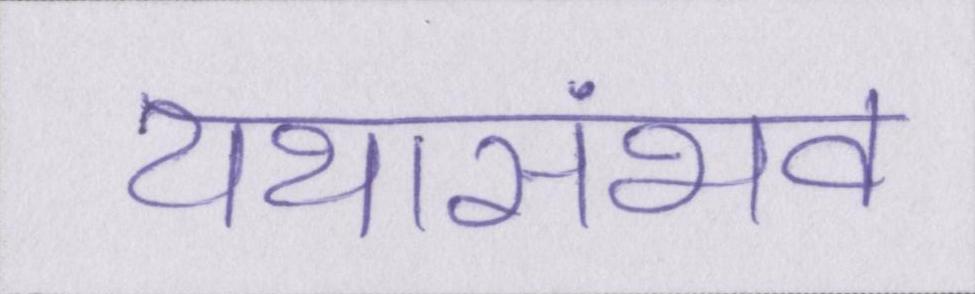
यथासंभव